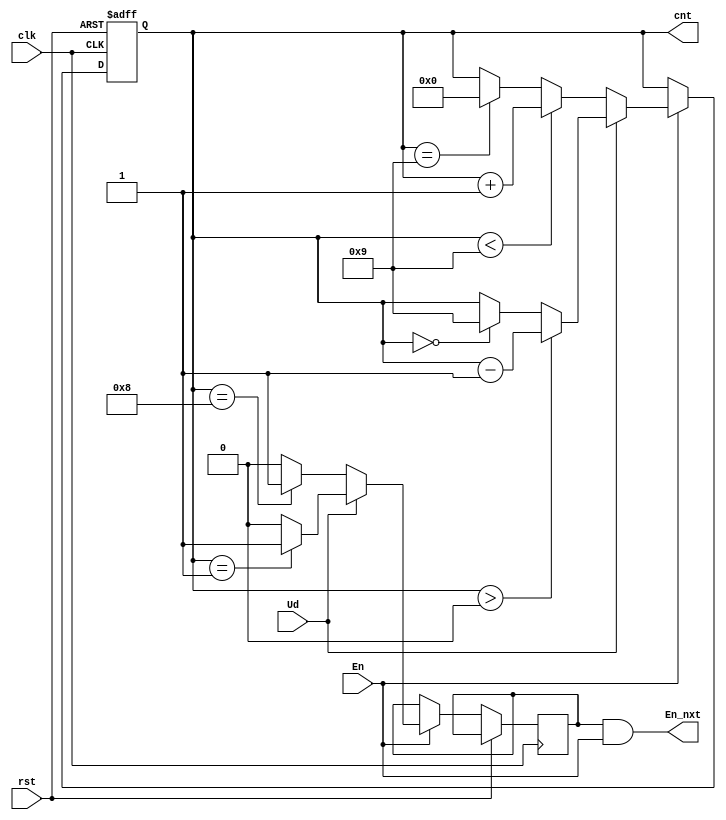
`timescale 1ns / 1ps
//////////////////////////////////////////////////////////////////////////////////
// Company: 
// Engineer: 
// 
// Design Name: 
// Module Name: up_downcounter_1dig
// Project Name: 
// Target Devices: 
// Tool Versions: 
// Description: 
// 
// Dependencies: 
// 
// Revision:
// Revision 0.01 - File Created
// Additional Comments:
// 
//////////////////////////////////////////////////////////////////////////////////


module up_downcounter_1dig(
    input clk, rst,
    input En,
    input Ud,
    
    output En_nxt,
    output [3:0] cnt
    
    );
    reg [3:0] tmp=0;
    reg done;
    
    
    always@(posedge clk or posedge rst)
    begin
        if(rst)
            begin
                tmp <= 4'd0;
                end
        else 
            if(En)
            begin
                if(Ud)//count down
                begin
                    if(tmp > 4'd0)
                        begin
                        tmp <= tmp-1;
                        done <= 4'd0;
                        end
                    else
                        if(tmp == 4'd0)
                            tmp <= 4'd9;
                        if(tmp == 4'd1)
                            done <= 1;
                        else
                            done <= 0;
                end
                else
                    if(~Ud)     
                        begin
                            if(tmp < 4'd9)        
                                begin
                                tmp <= tmp+1;
                                done <= 0;
                                end
                            else
                                if(tmp == 4'd9)
                                    tmp <= 4'd0;
                                if(tmp == 4'd8)
                                    done <= 1;
                                else
                                    done <=0;
                       end
            end
            
  end
             
   assign cnt = tmp;
   assign En_nxt = done & En;
   
endmodule